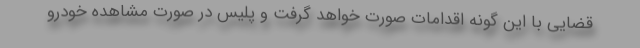
قضایی با این گونه اقدامات صورت خواهد گرفت و پلیس در صورت مشاهده خودرو